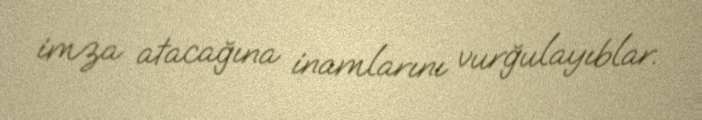
imza atacağına inamlarını vurğulayıblar.